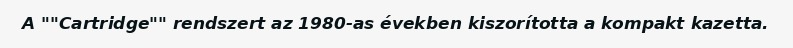
A ""Cartridge"" rendszert az 1980-as években kiszorította a kompakt kazetta.